Vaccine operations Central Provinces & Berar 1912-1920 - 1912-1920
Year: 1912
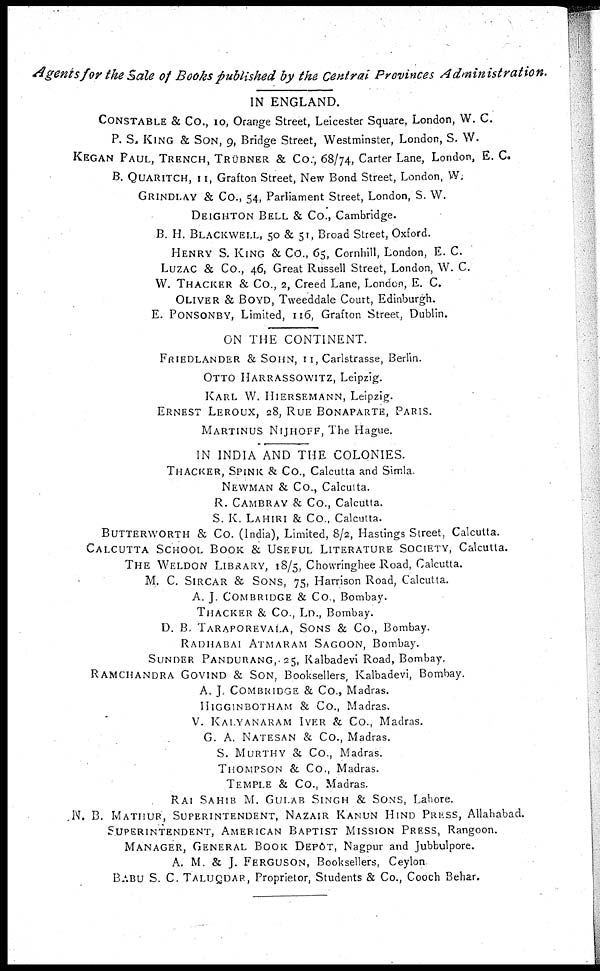
Agents for the Sale of Books published by the Central Provinces Administration.
IN ENGLAND.
CONSTABLE & Co., 10, Orange Street, Leicester Square, London, W. C.
P. S. KING & SON, 9, Bridge Street, Westminster, London, S. W.
KEGAN PAUL, TRENCH, TRÜBNER & Co., 68/74, Carter Lane, London, E. C.
B. QUARITCH, 11, Grafton Street, New Bond Street, London, W.
GRINDLAY & Co., 54, Parliament Street, London, S. W.
DEIGHTON BELL & Co., Cambridge.
B. H. BLACKWELL, 50 & 51, Broad Street, Oxford.
HENRY S. KING & Co., 65, Cornhill, London, E. C.
LUZAC & Co., 46, Great Russell Street, London, W. C.
W. THACKER & Co., 2, Creed Lane, London, E. C.
OLIVER & BOYD, Tweeddale Court, Edinburgh.
E. PONSONBY, Limited, 116, Grafton Street, Dublin.
ON THE CONTINENT.
FRIEDLANDER & SOHN, 11, Carlstrasse, Berlin.
OTTO HARRASSOWITZ, Leipzig.
KARL W. HIERSEMANN, Leipzig.
ERNEST LEROUX, 28, RUE BONAPARTE, PARIS.
MARTINUS NIJHOFF, The Hague.
IN INDIA AND THE COLONIES.
THACKER, SPINK & Co., Calcutta and Simla.
NEWMAN & Co., Calcutta.
R. CAMBRAY & Co., Calcutta.
S. K. LAHIRI & Co., Calcutta.
BUTTERWORTH & Co. (India), Limited, 8/2, Hastings Street, Calcutta.
CALCUTTA SCHOOL BOOK & USEFUL LITERATURE SOCIETY, Calcutta.
THE WELDON LIBRARY, 18/5, Chowringhee Road, Calcutta.
M. C. SIRCAR & SONS, 75, Harrison Road, Calcutta.
A. J. COMBRIDGE & Co., Bombay.
THACKER & Co., LD., Bombay.
D. B. TARAPOREVALA, SONS & Co., Bombay.
RADHABAI ATMARAM SAGOON, Bombay.
SUNDER PANDURANG, 25, Kalbadevi Road, Bombay.
RAMCHANDRA GOVIND & SON, Booksellers, Kalbadevi, Bombay.
A. J. COMBRIDGE & Co., Madras.
HIGGINBOTHAM & Co., Madras.
V. KALYANARAM IYER & Co., Madras.
G. A. NATESAN & Co., Madras.
S. MURTHY & Co., Madras.
THOMPSON & Co., Madras.
TEMPLE & Co., Madras.
RAI SAHIB M. GULAB SINGH & SONS, Lahore.
N. B. MATHUR, SUPERINTENDENT, NAZAIR KANUN HIND PRESS, Allahabad.
SUPERINTENDENT, AMERICAN BAPTIST MISSION PRESS, Rangoon.
MANAGER, GENERAL BOOK DEPÔT, Nagpur and Jubbulpore.
A. M. & J. FERGUSON, Booksellers, Ceylon
BABU S. C. TALUQDAR, Proprietor, Students & Co., Cooch Behar.